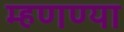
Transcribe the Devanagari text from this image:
म्हणण्या